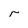
Character: r